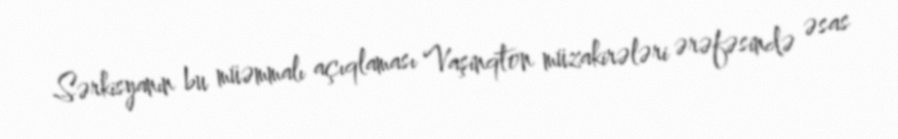
Sərkisyanın bu müəmmalı açıqlaması Vaşinqton müzakirələri ərəfəsində əsas